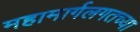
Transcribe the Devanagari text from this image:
महामार्गलगतच्या